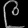
Digit: ၉